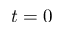
t = 0